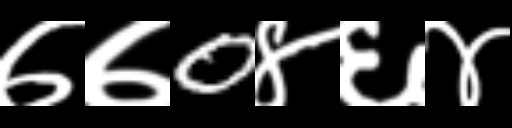
Text: ७७0४६४